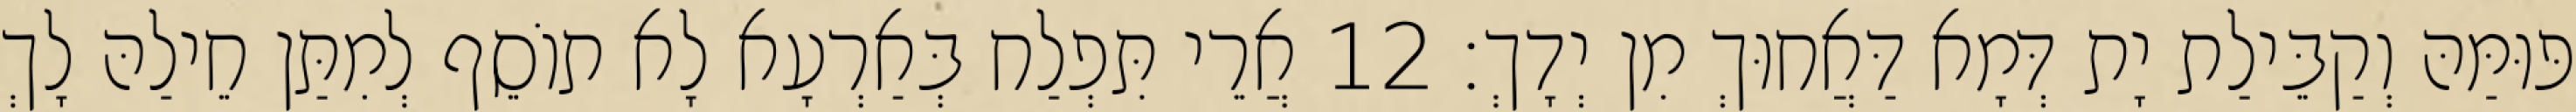
פּוּמַּהּ וְקַבֵּילַת יָת דְּמָא דַּאֲחוּךְ מִן יְדָךְ׃ 12 אֲרֵי תִּפְלַח בְּאַרְעָא לָא תוֹסֵף לְמִתַּן חֵילַהּ לָךְ